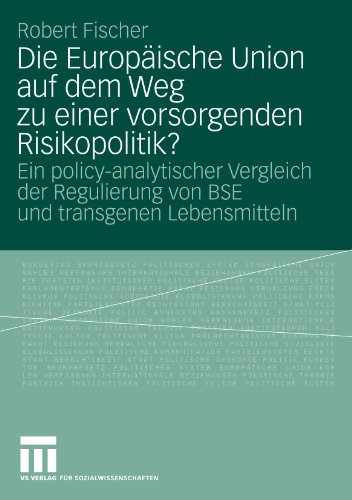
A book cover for Die EuropÃ¤ische Union auf dem Weg zu einer vorsorgenden Risikopolitik?: Ein policy-analytischer Vergleich der Regulierung von BSE und transgenen Lebensmitteln (German Edition); Robert Fischer; Health, Fitness & Dieting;